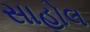
સાહોલ